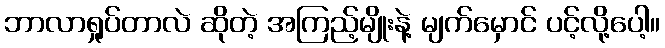
ဘာလာရှုပ်တာလဲ ဆိုတဲ့ အကြည့်မျိုးနဲ့ မျက်မှောင် ပင့်လို့ပေါ့။